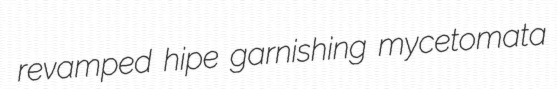
revamped hipe garnishing mycetomata